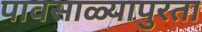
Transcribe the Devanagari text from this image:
पावसाळ्यापुरता